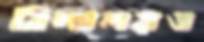
বিদ্যালয়ও